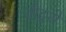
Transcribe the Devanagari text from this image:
थोद्थे